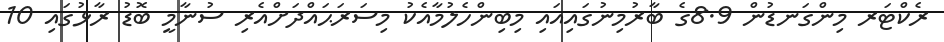
ރެކްޓަރ މިންގަނޑުން 8.9ގެ ބާރުމިނުގައިއައި މިބިންހެލުމާއެކު މިސަރަޙައްދަށްއެރި ސުނާމީ ބޮޑު ރާޅުގައި 10